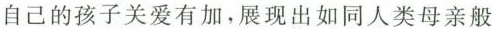
自己的还在关爱有加，展现出如何同人类母亲般